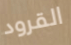
القرود